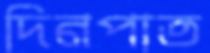
দিনপাত